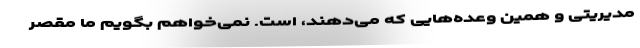
مدیریتی و همین وعده‌هایی که می‌دهند، است. نمی‌خواهم بگویم ما مقصر